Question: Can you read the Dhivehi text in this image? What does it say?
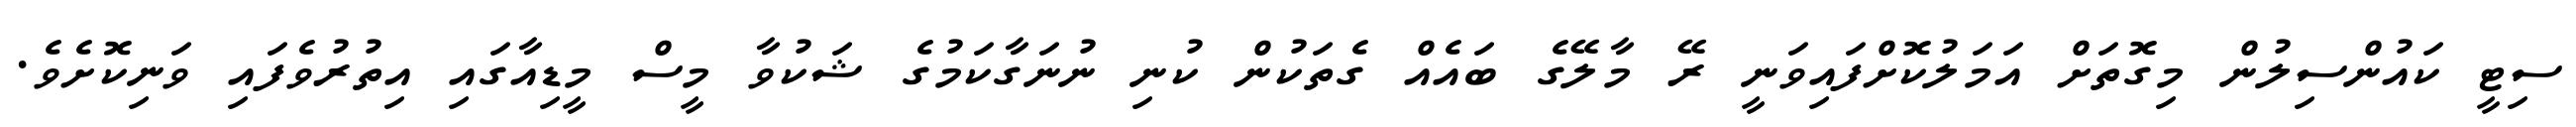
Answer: ސިޓީ ކައުންސިލުން މިގޮތަށް އަމަލުކޮށްފައިވަނީ ރޭ މާލޭގެ ބައެއް ގެތަކުން ކުނި ނުނަގާކަމުގެ ޝަކުވާ މީސް މީޑިއާގައި އިތުރުވެފައި ވަނިކޮށެވެ.